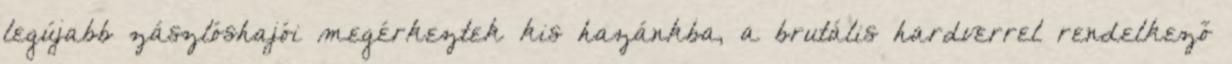
legújabb zászlóshajói megérkeztek kis hazánkba, a brutális hardverrel rendelkező